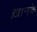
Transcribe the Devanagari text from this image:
ख़ानके